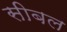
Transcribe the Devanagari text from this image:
सीबल